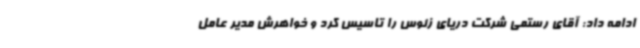
ادامه داد: آقای رستمی شرکت دریای زئوس را تاسیس کرد و خواهرش مدیر عامل